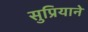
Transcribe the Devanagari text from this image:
सुप्रियाने